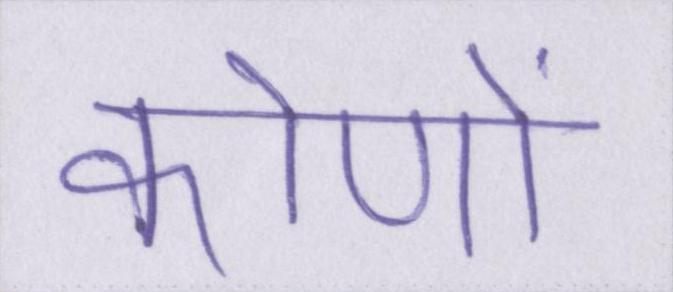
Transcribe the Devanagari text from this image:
कोणों